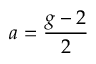
a = { \frac { g - 2 } { 2 } }